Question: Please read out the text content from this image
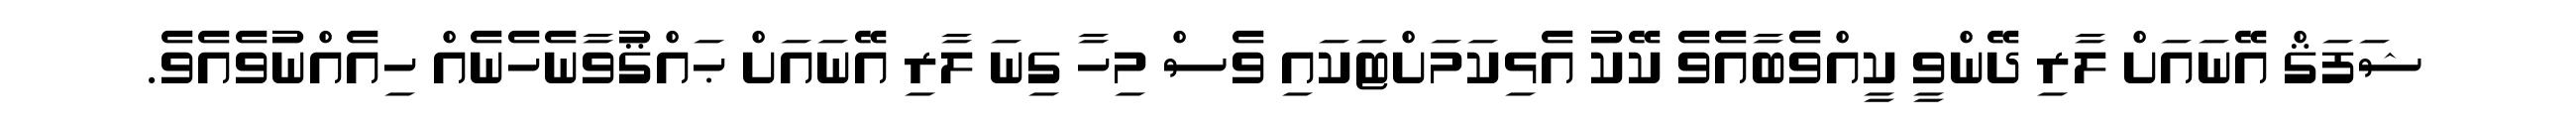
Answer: ޝަފަޤް އޭނައަށް ލާރި ދޭންވީ ކީއްވެބާއެވެ ކޭކު އެޅިކަމަށްޓަކައި ވެސް މިހާ ގިނަ ލާރި އޭނައަށް ޙައްޤުވާނެހެނެއް ހިއެއްނުވެއެވެ.